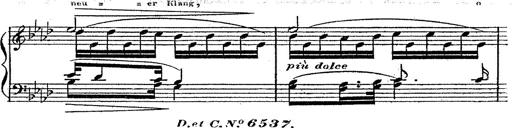
Title: 12 Lieder von Franz Schubert
Composer: Franz Liszt